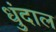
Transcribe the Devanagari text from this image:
धुंदाल